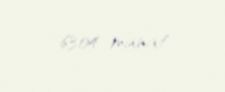
6304 manat